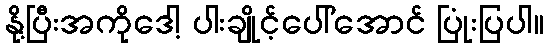
နို့ပြီးအကိုဒေါ့ ပါးချိုင့်ပေါ်အောင် ပြုံးပြပါ။